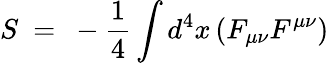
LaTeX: S~=~-{\frac{1}{4}}\int d^{4}x\left(F_{\mu\nu}F^{\mu\nu}\right)